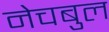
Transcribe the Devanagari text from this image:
नेचबुल